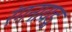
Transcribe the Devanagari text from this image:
रंगनायडु